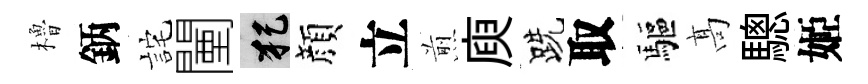
櫓鈵詫闉犯顔立煎庾跣取驅髙驄姬